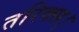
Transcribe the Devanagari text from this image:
तरिक्स।